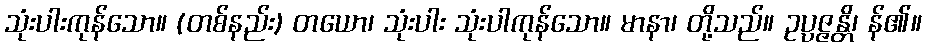
သုံးပါးကုန်သော။ (တစ်နည်း) တယော၊ သုံးပါး သုံးပါကုန်သော။ မာနာ၊ တို့သည်။ ဥပ္ပဇ္ဇန္တိ၊ န်၏။